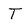
Character: T